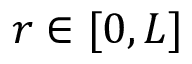
r \in [ 0 , L ]